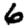
Digit: 6